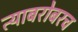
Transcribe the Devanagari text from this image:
त्‍याबरोबरच